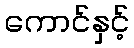
ကောင်နှင့်